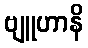
ဗျူဟာနိ